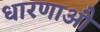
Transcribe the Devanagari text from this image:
धारणाऔ